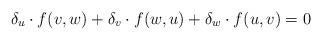
LaTeX: \begin{align*} \delta_u\cdot f(v,w)+\delta_v\cdot f(w,u)+\delta_w\cdot f(u,v)=0 \end{align*}